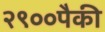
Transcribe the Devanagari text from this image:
२९००पैकी